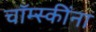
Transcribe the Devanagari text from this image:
चॉम्स्कींना